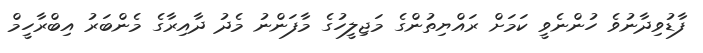
ފާޑުވިދާނުވެ ހުންނެވީ ކަމަށް ރައްޔިތުންގެ މަޖިލީހުގެ މާފަންނު މެދު ދާއިރާގެ މެންބަރު އިބްރާހީމް